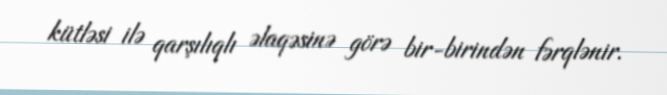
kütləsi ilə qarşılıqlı əlaqəsinə görə bir-birindən fərqlənir.